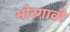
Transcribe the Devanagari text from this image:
भोरगावी